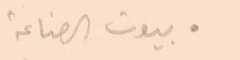
● بيوت الصناعة